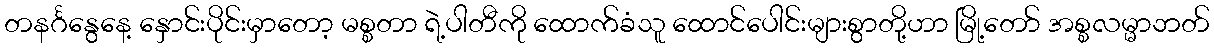
တနင်္ဂနွေနေ့ နှောင်းပိုင်းမှာတော့ မစ္စတာ ရဲ့ပါတီကို ထောက်ခံသူ ထောင်ပေါင်းများစွာတို့ဟာ မြို့တော် အစ္စလမ္မာဘတ်